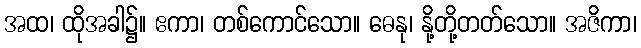
အထ၊ ထိုအခါ၌။ ဧကာ၊ တစ်ကောင်သော။ ဓေနု၊ နို့တို့တတ်သော။ အဇိကာ၊